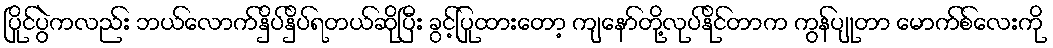
ပြိုင်ပွဲကလည်း ဘယ်လောက်နှိပ်နှိပ်ရတယ်ဆိုပြီး ခွင့်ပြုထားတော့ ကျနော်တို့လုပ်နိုင်တာက ကွန်ပျုတာ မောက်စ်လေးကို